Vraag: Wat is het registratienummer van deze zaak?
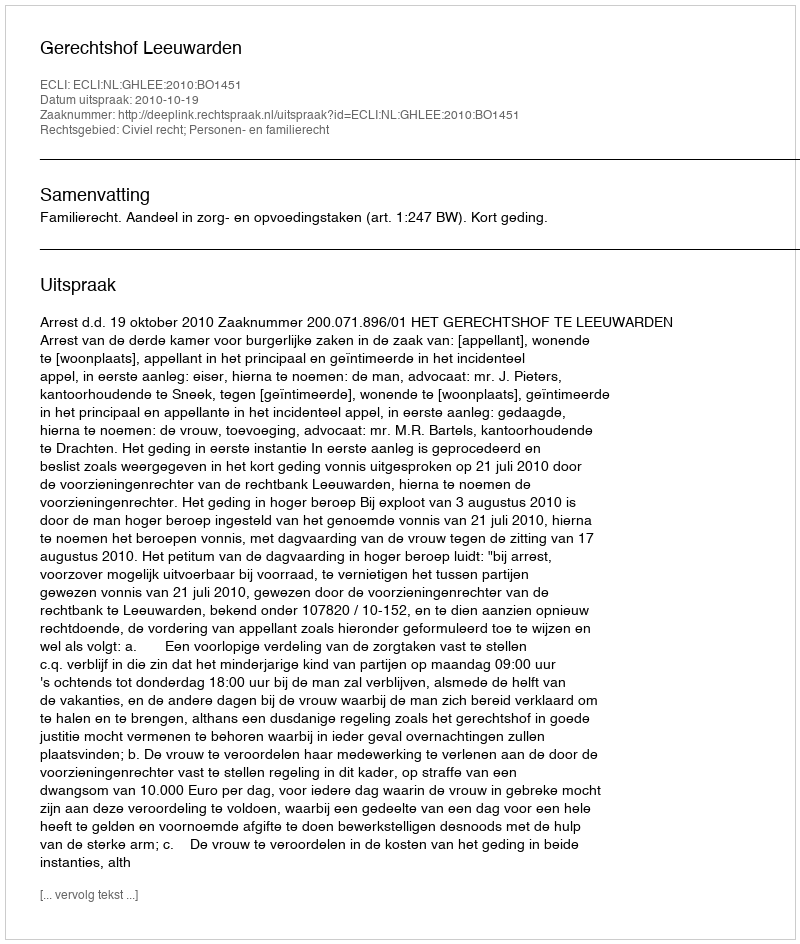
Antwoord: http://deeplink.rechtspraak.nl/uitspraak?id=ECLI:NL:GHLEE:2010:BO1451